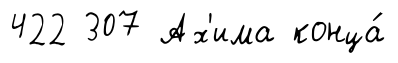
422 307 Ах'има конца́